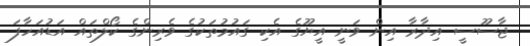
ޖާސޫސީ އިދާރާ އިން ވަނީ އީޔޫގެ އެކި ގައުމުތަކުގެ ވެރިންގެ ކޯލްތައް އަޑުއަހާފަ